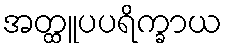
အတ္ထူပပရိက္ခာယ